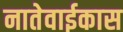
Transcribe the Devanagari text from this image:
नातेवाईकास